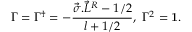
\Gamma = \Gamma ^ { \dagger } = - \frac { \vec { \sigma } . { \vec { L } } ^ { R } - 1 / 2 } { l + 1 / 2 } , ~ \Gamma ^ { 2 } = { \bf 1 } .